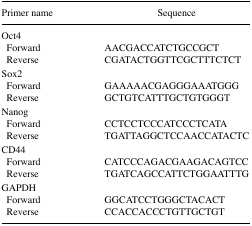
| Primer name | Sequence |
 | --- | --- |
 | Oct4 |  |
 | Forward | AACGACCATCTGCCGCT |
 | Reverse | CGATACTGGTTCGCTTTCTCT |
 | Sox2 |  |
 | Forward | GAAAAACGAGGGAAATGGG |
 | Reverse | GCTGTCATTTGCTGTGGGT |
 | Nanog |  |
 | Forward | CCTCCTCCCATCCCTCATA |
 | Reverse | TGATTAGGCTCCAACCATACTC |
 | CD44 |  |
 | Forward | CATCCCAGACGAAGACAGTCC |
 | Reverse | TGATCAGCCATTCTGGAATTTG |
 | GAPDH |  |
 | Forward | GGCATCCTGGGCTACACT |
 | Reverse | CCACCACCCTGTTGCTGT |